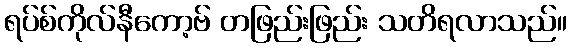
ရပ်စ်ကိုလ်နီကော့ဗ် တဖြည်းဖြည်း သတိရလာသည်။